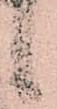
候